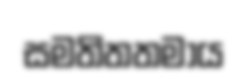
සමතිතතමාය